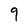
Character: 9